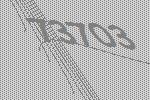
73703